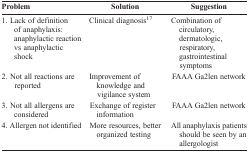
<table><thead><tr><td><b>Problem</b></td><td><b>Solution</b></td><td><b>Suggestion</b></td></tr></thead><tbody><tr><td>1. Lack of definition of anaphylaxis: anaphylactic reaction vs anaphylactic shock</td><td>Clinical diagnosis [17]</td><td>Combination of circulatory, dermatologic, respiratory, gastrointestinal symptoms</td></tr><tr><td>2. Not all reactions are reported</td><td>Improvement of knowledge and vigilance system</td><td>FAAA Ga2len network</td></tr><tr><td>3. Not all allergens are considered</td><td>Exchange of register information</td><td>FAAA Ga2len network</td></tr><tr><td>4. Allergen not identified</td><td>More resources, better organized testing</td><td>All anaphylaxis patients should be seen by an allergologist</td></tr></tbody></table>